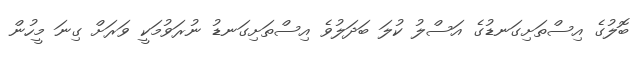
ބޮލުގެ އިސްތަށިގަނޑުގެ އަސްލު ކުލަ ބަދަލުވެ އިސްތަށިގަނޑު ނުރަވުމަކީ ވަރަށް ގިނަ މީހުން